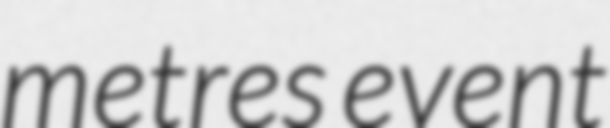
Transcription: metres event